Leaving Certificate Examination (including Day School Certificate (Higher) General paper), 1935
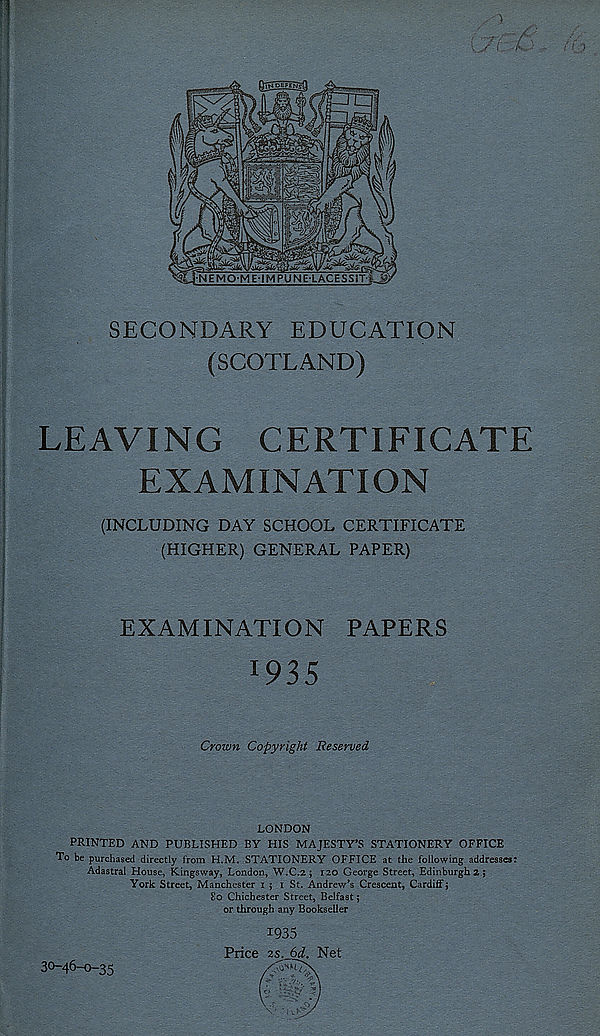
SECONDARY EDUCATION
(SCOTLAND)
LEAVING CERTIFICATE
EXAMINATION
(INCLUDING DAY SCHOOL CERTIFICATE
(HIGHER) GENERAL PAPER)
EXAMINATION PAPERS
Crown Copyright Reserved
LONDON
PRINTED AND PUBLISHED BY HIS MAJESTY’S STATIONERY OFFICE
To be purchased directly from H.M. STATIONERY OFFICE at the following addresses:
Adastral House, Kingsway, London, W.C.2 ; 120 George Street, Edinburgh 2 j
York Street, Manchester 1 $ 1 St. Andrew’s Crescent, Cardiff $
80 Chichester Street, Belfast;
or through any Bookseller
1935
Price 2S. 6d. Net
30-46-0-35